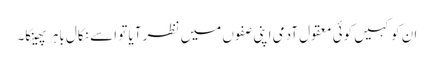
ان کو کہیں کوئی معقول آدمی اپنی صفوں میں نظر آیا تو اسے نکال باہر پھینکا۔